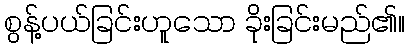
စွန့်ပယ်ခြင်းဟူသော ခိုးခြင်းမည်၏။